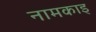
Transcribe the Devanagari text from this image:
नामकाइ